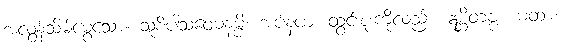
အလွန်သိမ်မွေ့သော။ သူစိပါသဝေဓနမ္ပိ၊ အပ်နဖား ထွင်းစူးကိုလည်း။ ဣစ္ဆိတဗ္ဗံ ယထာ၊